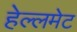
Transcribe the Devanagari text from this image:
हेल्लमेट